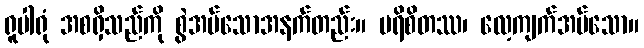
ရူပါရုံ အစရှိသည်ကို စွဲအပ်သောအနက်တည်း။ ပရိစိတဿ၊ လေ့ကျက်အပ်သော။